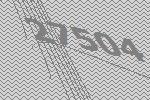
27504